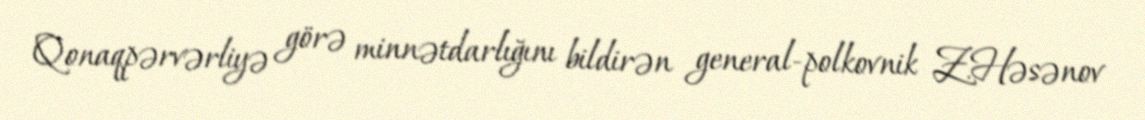
Qonaqpərvərliyə görə minnətdarlığını bildirən general-polkovnik Z.Həsənov